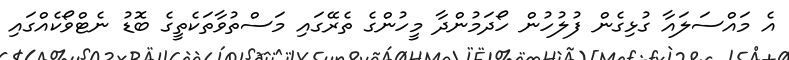
އެ މައްސަލައާ ގުޅިގެން ފުލުހުން ހޯދަމުންދާ މީހުންގެ ތެރޭގައި މަސްތުވާތަކެތީގެ ބޮޑު ނެޓްވޯކެއްގައި